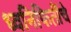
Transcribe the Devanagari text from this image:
ध्वनिफितींचे